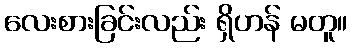
လေးစားခြင်းလည်း ရှိဟန် မတူ။